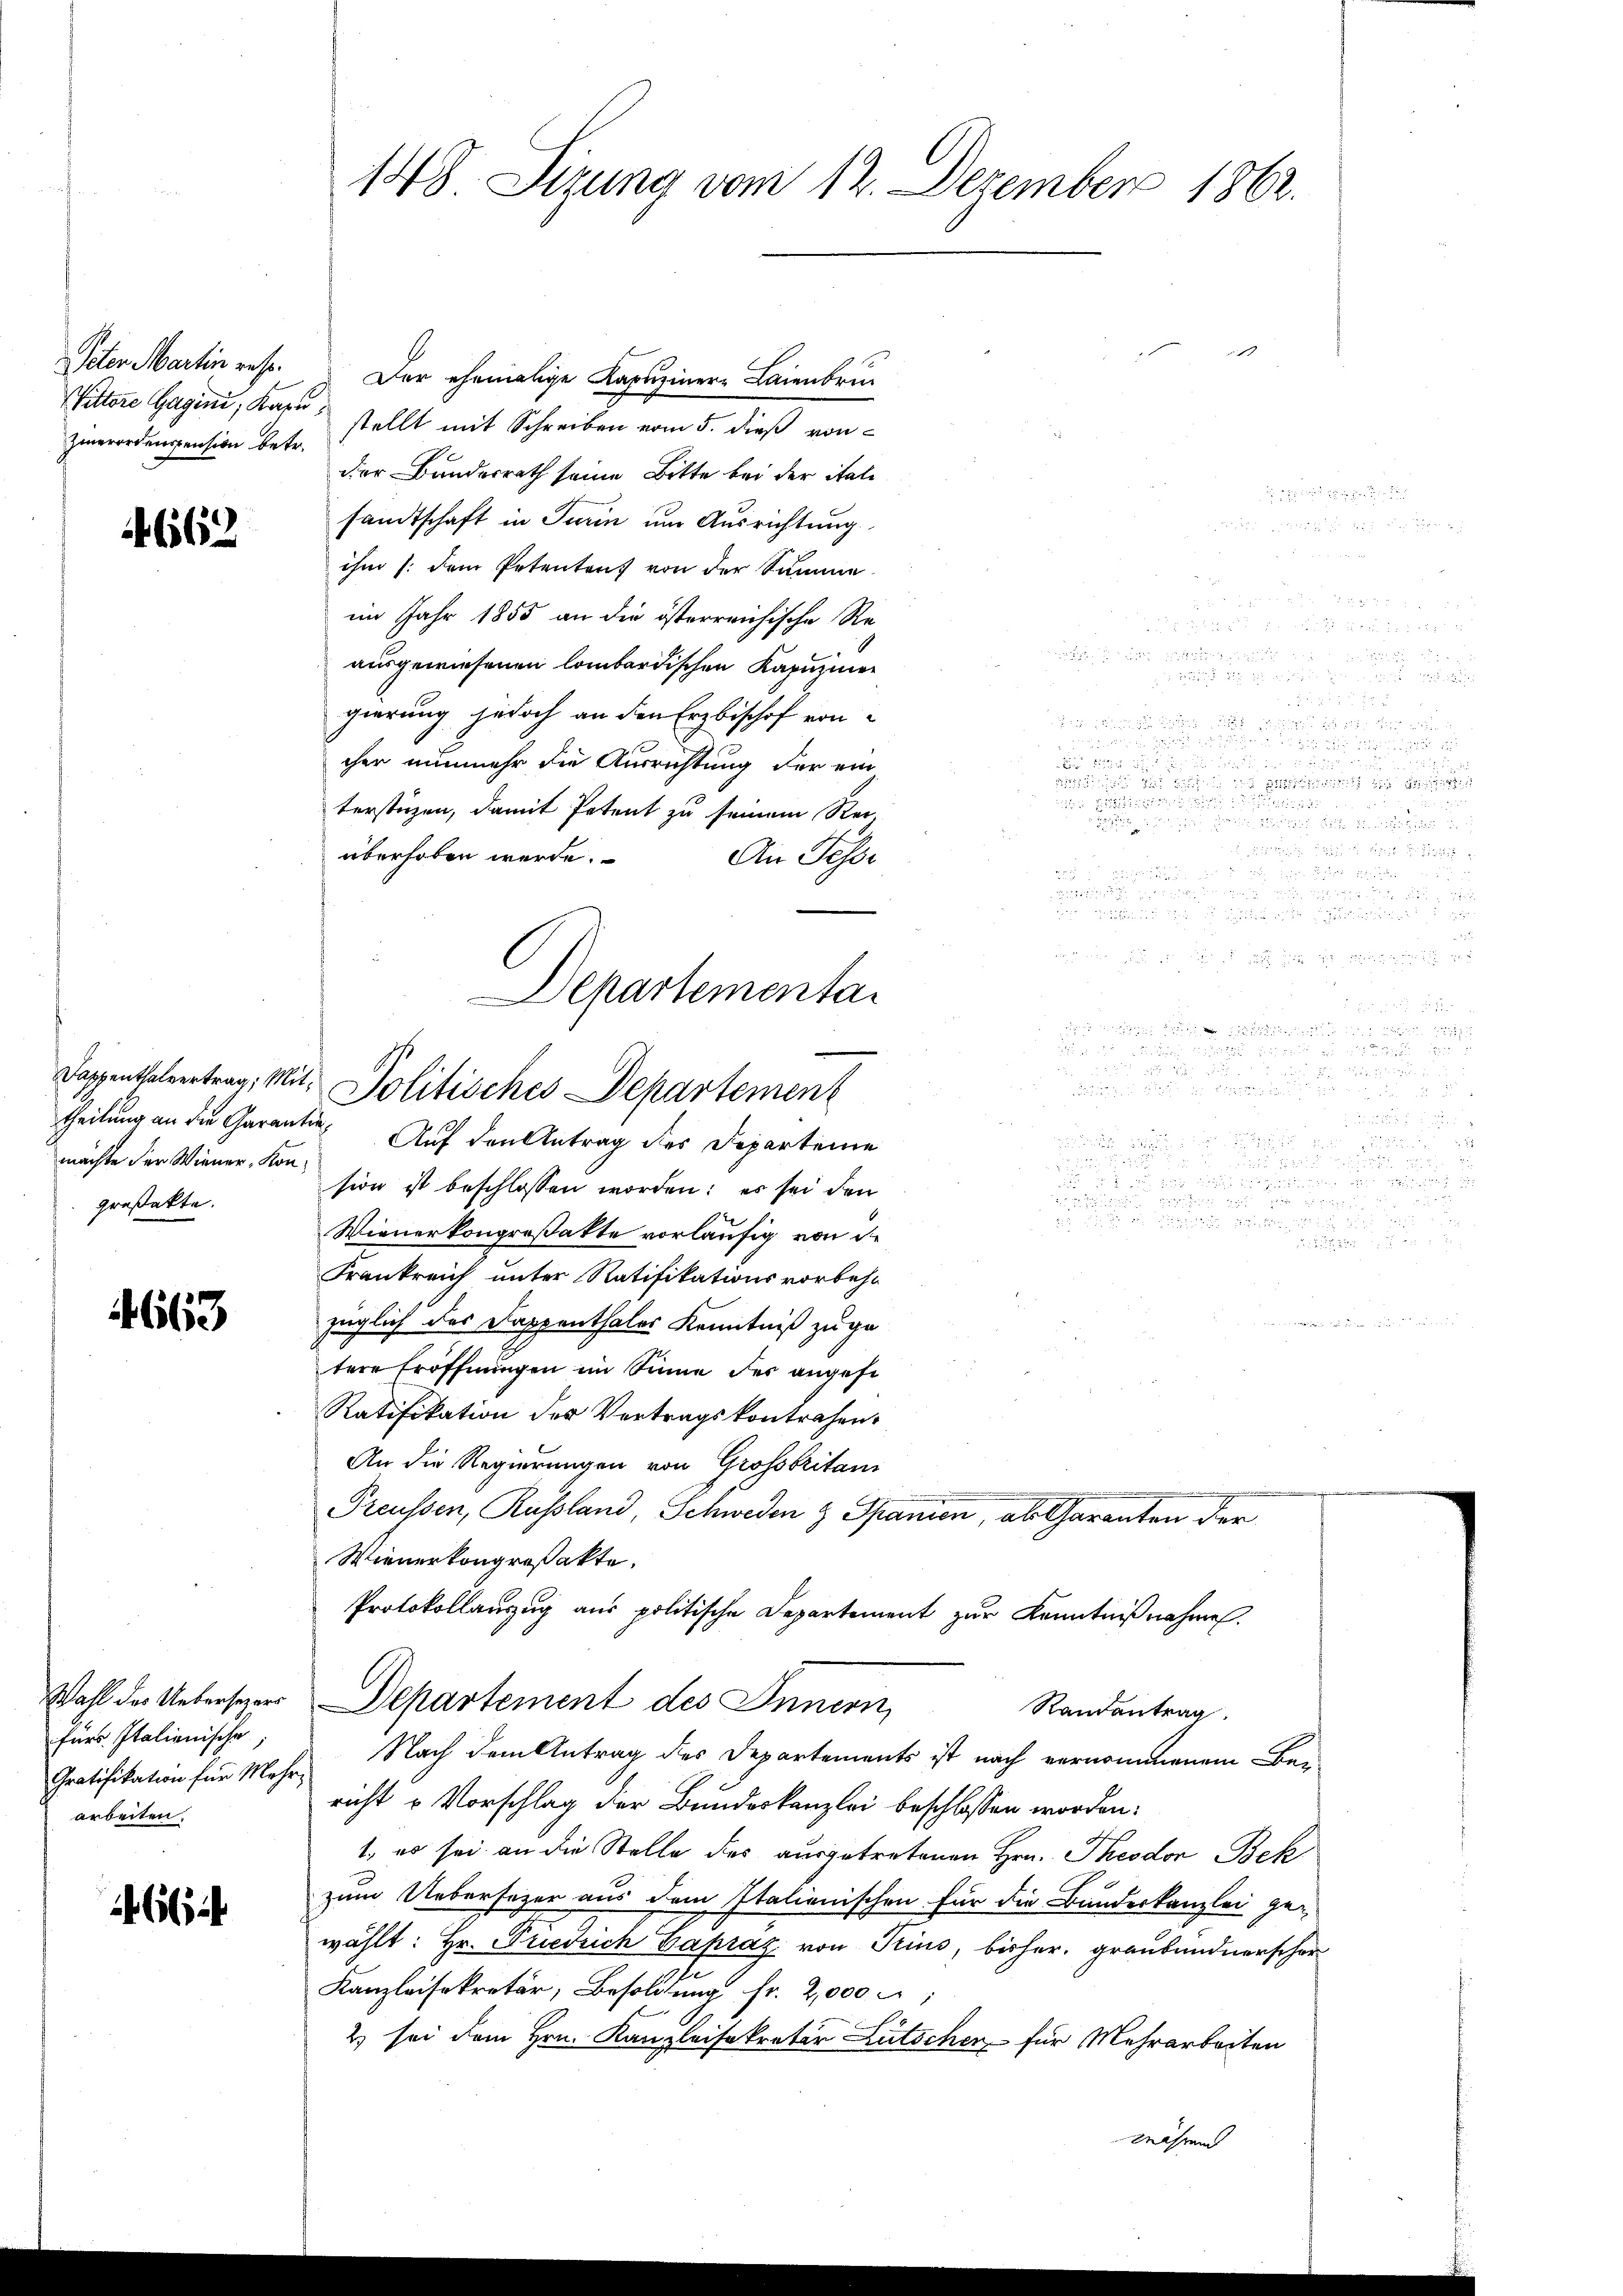
1
Peten Martin rest. Der ehemalige Kapuzinere Laienbruc
stellt mit Schreiben vom 5. dieß von
der Bundesrath seine Bitte bei der itali

sandtschaft in Turin um Ausrichtung.
 48 x
8
ihm (dem Petentens von der Summe

im Jahr 1855 an die österreichische Re¬

ausgewiesenen lombardischen Kapuziner

 55 xxx
gierung jedoch an den Erzbischof von

ind die
e
cher nunmehr die Ausrichtung der ein
  in den sei der
er Bericht
terstüzen, damit Petent zu seinem Rei-

überhoben werde.
An Fesse

r

theilung an die Garantie¬
Auf den Antrag des Departeme

sion ist beschlossen worden: es sei den

Wienerkongroßakte vorläufig von die

Frankreich unter Ratifikationsvorbeha
4663

züglich des Dappenthaler Kenntniß zu getere Eröffnungen im Sinne der angese
Ratifikation des Vertragskontrahen.
An die Regierungen von Grossbritani
.
Preussen, Russland, Schweden & Spanien, als Garanten der
Wienerkongroßakte,
Protokollauszug aus politische Departement zur Kenntnißnahme.
Wahl des Ueberseherr Departement des Innern,
Randantrag
fürs Italienische
Nach dem Antrag des Departements ist nach vernommenem Be-
Gratifikation für Mehrricht u Vorschlag der Bundeskanzlei beschlossen worden.
arbeiten.
1., es sei an die Stelle des ausgetretenen Hrn. Theodor Bek
zum Uebersezer aus dem Italienischen für die Bunderkanzlei ge-
66
wählt: Hr. Friedrich Gapraz von Trius, bisher. Graubündnerschon
Kanzleisekretär, Besoldung fr. 2,000
2) sei dem Hrn. Kanzleisekretär Lütschen für Mehrarbeiten
nährend

662

machte der Wiener, Kongroßakte.

Vittore Gagini, Karn,
Zierordenspension betr.

148 Stzung vom 12. Dezember 1862.

Dappenthalvertrag, mit. Politisches Departement

partementa

5.